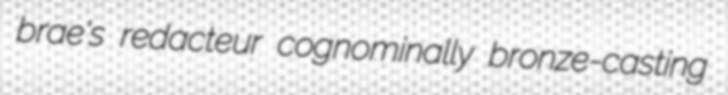
brae's redacteur cognominally bronze-casting